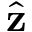
\hat { \mathbf { z } }